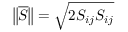
\left\Vert \overline { { S } } \right\Vert = \sqrt { 2 S _ { i j } S _ { i j } }